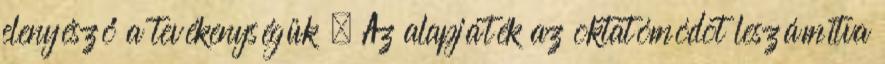
elenyésző a tevékenységük . Az alapjáték az oktatómódot leszámítva